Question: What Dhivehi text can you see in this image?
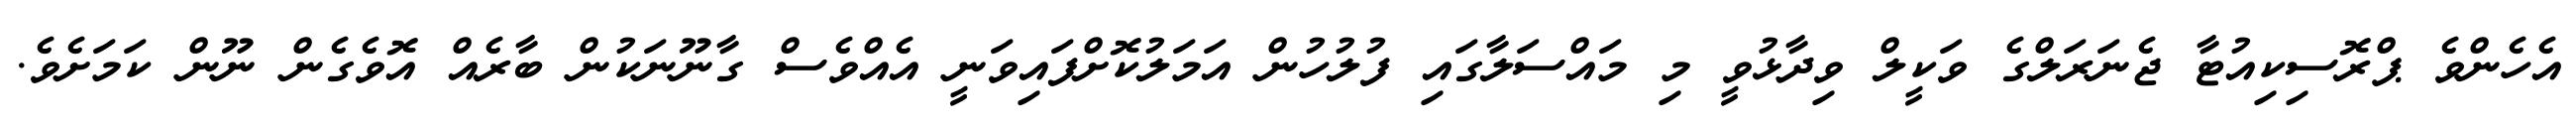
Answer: އެހެންވެ ޕްރޮސިކިއުޓާ ޖެނަރަލްގެ ވަކީލް ވިދާޅުވީ މި މައްސަލާގައި ފުލުހުން އަމަލުކޮށްފައިވަނީ އެއްވެސް ގާނޫނަކުން ބާރެއް އޮވެގެން ނޫން ކަމަށެވެ.